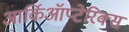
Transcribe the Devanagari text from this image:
आर्किऑप्टेरिक्स